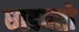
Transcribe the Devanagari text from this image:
धाडवतो